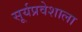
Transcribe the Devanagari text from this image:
सूर्यप्रवेशाला